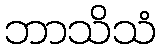
ဘာသိသံ